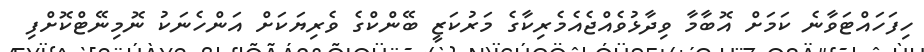
ހިފަހައްޓަވާނެ ކަމަށް އޮބާމާ ވިދާޅުވެއްޖެއެމެރިކާގެ މަރުކަޒީ ބޭންކްގެ ވެރިޔަކަށް އަންހެނަކު ނޮމިނޭޓްކޮށްފި